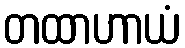
တထာဟာယံ